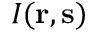
I ( { \bf r } , { \bf s } )